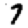
Digit: 7